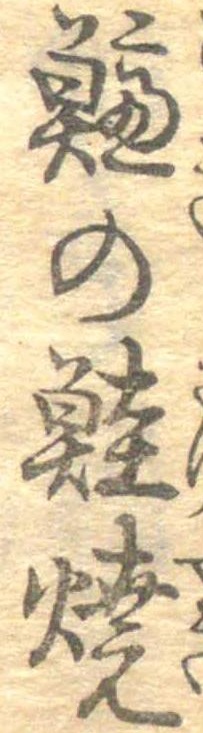
鱸の鮭焼